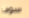
سوف